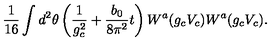
\frac { 1 } { 1 6 } \int d ^ { 2 } \theta \left( \frac { 1 } { g _ { c } ^ { 2 } } + \frac { b _ { 0 } } { 8 \pi ^ { 2 } } t \right) W ^ { a } ( g _ { c } V _ { c } ) W ^ { a } ( g _ { c } V _ { c } ) .